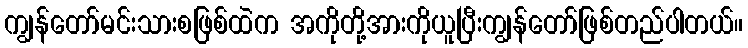
ကျွန်တော်မင်းသားစဖြစ်ထဲက အကိုတို့အားကိုယူပြီးကျွန်တော်ဖြစ်တည်ပါတယ်။